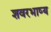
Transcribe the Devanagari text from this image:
शवरभाष्य